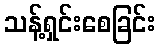
သန့်ရှင်းစေခြင်း